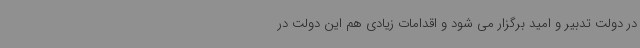
در دولت تدبیر و امید برگزار می شود و اقدامات زیادی هم این دولت در